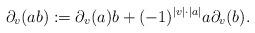
LaTeX: \begin{align*}\partial_v(ab):=\partial_v(a)b+(-1)^{|v|\cdot |a|}a\partial_v(b). \end{align*}